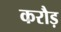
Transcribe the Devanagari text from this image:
करौड़